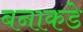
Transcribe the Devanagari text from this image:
बनाकडे